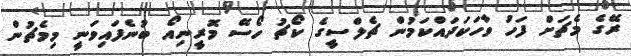
ރޭގެ މެޗަށް ފަހު ވާހަކަދައްކަމުން ޗެލްސީގެ ކޯޗު ހޯސޭ މޮރީނިއޯ ބުނެފައިވަނީ މިމެޗުން